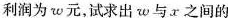
利润为w元，试求出w与x之间的